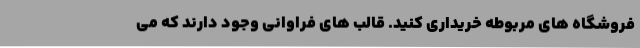
فروشگاه های مربوطه خریداری کنید. قالب های فراوانی وجود دارند که می